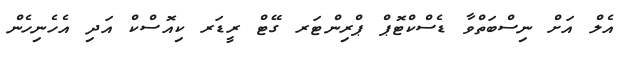
އެލް އަށް ނިސްބަތްވާ ޑެެސްކްޓޮޕް ޕްރިންޓަރ ގޭޓް ރީޑަރ ކިއޮސްކް އަދި އެހެނިހެން